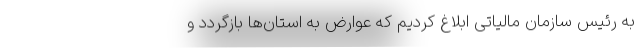
به رئیس سازمان مالیاتی ابلاغ کردیم که عوارض به استان‌ها بازگردد و